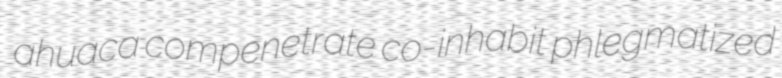
ahuaca compenetrate co-inhabit phlegmatized